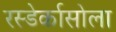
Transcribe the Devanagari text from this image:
रस्डेर्कासोला